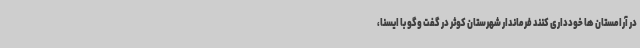
در آرامستان ها خودداری کنند فرماندار شهرستان کوثر در گفت وگو با ایسنا،